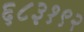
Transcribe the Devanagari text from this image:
६८३१९२